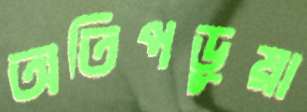
অতিপড়ুয়া